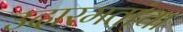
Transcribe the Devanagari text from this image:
उदारमतांचा